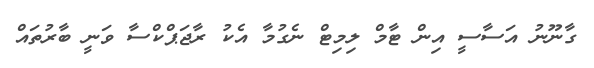
ގާނޫނު އަސާސީ އިން ޓާމް ލިމިޓް ނެގުމާ އެކު ރާޖަޕްކްސާ ވަނީ ބާރުތައް